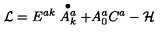
{ \cal L } = E ^ { a k } \stackrel { \bullet } { A _ { k } ^ { a } } + A _ { 0 } ^ { a } C ^ { a } - { \cal H }